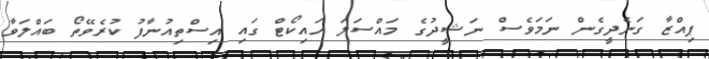
ޕިއްޒާ ގަނެދީގެން ނަމަވެސް ނަޝީދުގެ މައްސަލަ ހައިކޯޓް ގައި އިސްތިއުނާފު ކުރެވޭތޯ ބައްލަވާ